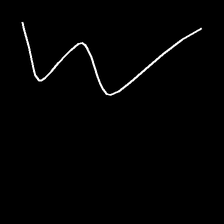
Glyph: crush